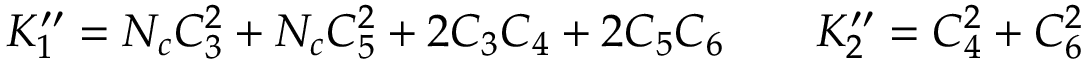
K _ { 1 } ^ { \prime \prime } = N _ { c } C _ { 3 } ^ { 2 } + N _ { c } C _ { 5 } ^ { 2 } + 2 C _ { 3 } C _ { 4 } + 2 C _ { 5 } C _ { 6 } \qquad K _ { 2 } ^ { \prime \prime } = C _ { 4 } ^ { 2 } + C _ { 6 } ^ { 2 }